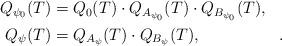
LaTeX: \begin{align*}\begin{aligned}Q_{\psi_0}(T)&=Q_0(T)\cdot Q_{A_{\psi_0}}(T)\cdot Q_{B_{\psi_0}}(T) , &\\Q_\psi(T)&= Q_{A_\psi}(T)\cdot Q_{B_\psi}(T) , & .\end{aligned}\end{align*}